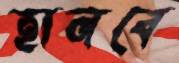
হানবে